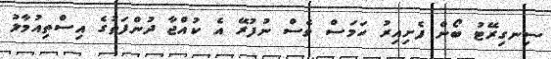
ސިނގިރޭޓު ބޯން ފެށިއިރު ހަމަސް ވެސް ނުފުރޭ އެ ކުއްޖާ ދުންފަތުގެ އިސްތިއުމާލު